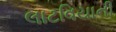
લાટવિયાની